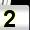
Digit: 2